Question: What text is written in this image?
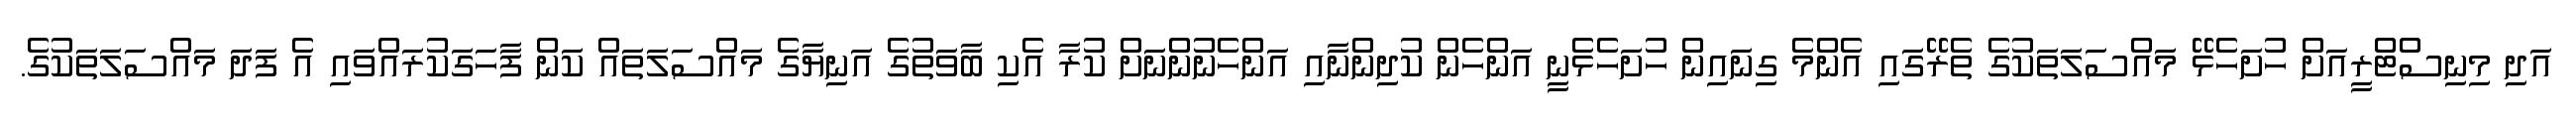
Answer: އަދި މިނިސްޓްރީއަށް ހުށަހެޅޭ މައްސަލަތަކުގެ ތެރޭގައި އެންމެ ގިނައިން ހުށަހެޅެނީ އަންހެން ކުދިންނާއި އަންހެނުންނަށް ކުރާ އެކި ބާވަތުގެ އަނިޔާގެ މައްސަލަތައް ކަން ފާހަގަކުރައްވައި އެ ފަދަ މައްސަލަތަކުގެ.